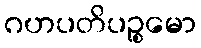
ဂဟပတိပဉ္စမော